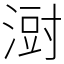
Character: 㴻